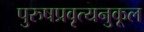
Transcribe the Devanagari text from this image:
पुरुषप्रवृत्यनुकूल